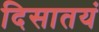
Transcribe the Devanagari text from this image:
दिसातयं